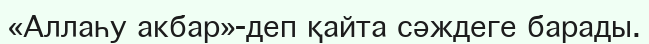
«Аллаһу акбар»-деп қайта сәждеге барады.